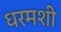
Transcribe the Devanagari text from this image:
धरमशी